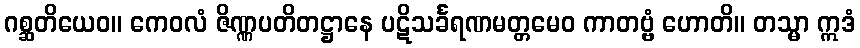
ဂစ္ဆတိယေဝ။ ကေဝလံ ဇိဏ္ဏပတိတဋ္ဌာနေ ပဋိသင်္ခရဏမတ္တမေဝ ကာတဗ္ဗံ ဟောတိ။ တသ္မာ ဣဒံ